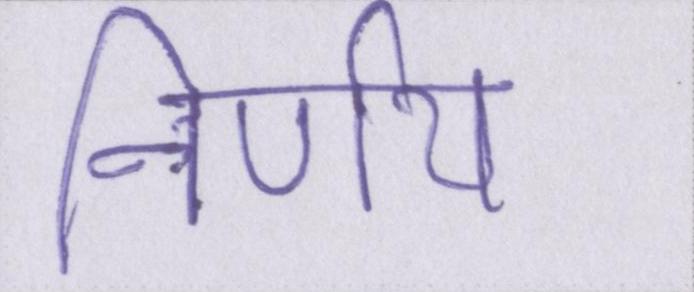
निर्णय